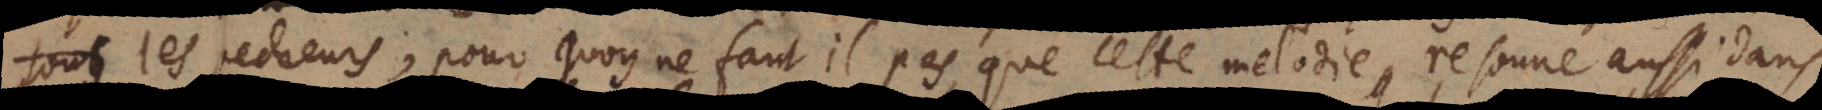
les pecheurs? Pourquoy ne faut‐il pas que cette melodie resonne aussi dans